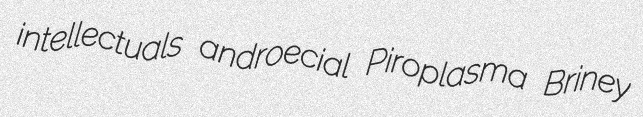
intellectuals androecial Piroplasma Briney